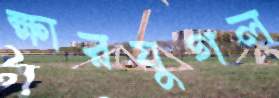
ক্ষারযুগল